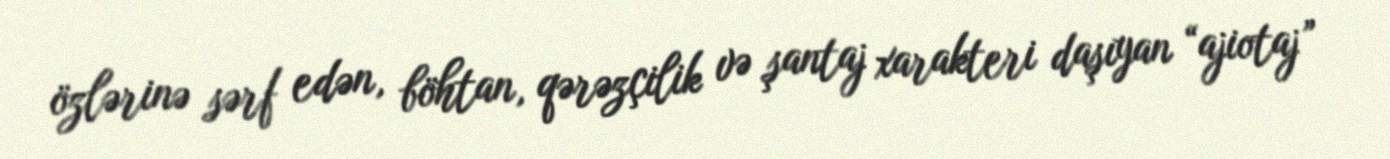
özlərinə sərf edən, böhtan, qərəzçilik və şantaj xarakteri daşıyan “ajiotaj”